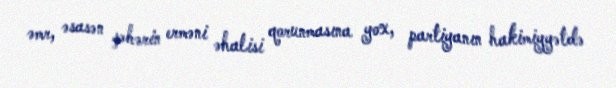
əmr, əsasən şəhərin erməni əhalisi qorunmasına yox, partiyanın hakimiyyətdə